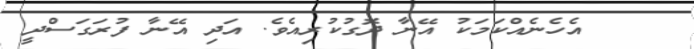
٣٢    އެހެނެއްކަމަކު އޭނާ ދޮގުކުރިއެވެ. އަދި އޭނާ ފުރަގަސްދީ